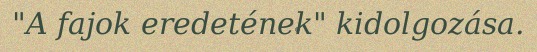
"A fajok eredetének" kidolgozása.